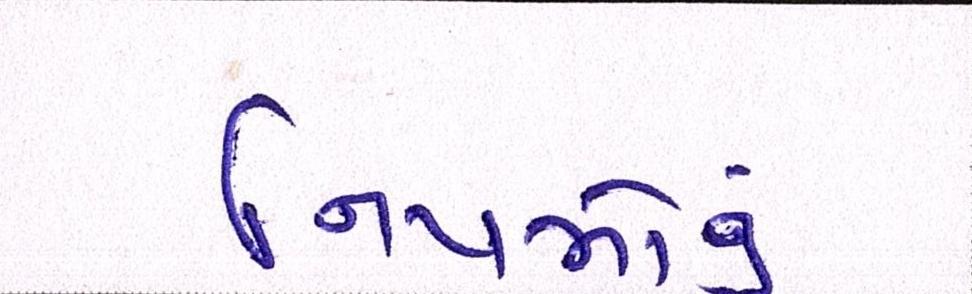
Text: નિયમોનું